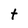
Character: t